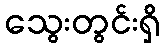
သွေးတွင်းရှိ